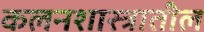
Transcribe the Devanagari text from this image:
कलनशास्त्रातील